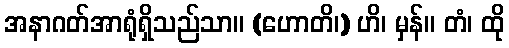
အနာဂတ်အာရုံရှိသည်သာ။ (ဟောတိ၊) ဟိ၊ မှန်။ တံ၊ ထို